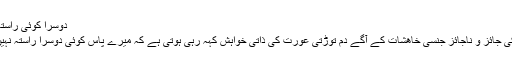
دوسرا کوئی راستہ نہیں
مرد کی جائز و ناجائز جنسی خاھشات کے آگے دم توڑتی عورت کی ذاتی خواہش کہہ رہی ہوتی ہے کہ میرے پاس کوئی دوسرا راستہ نہیں ہے۔